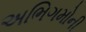
અભિગમોની